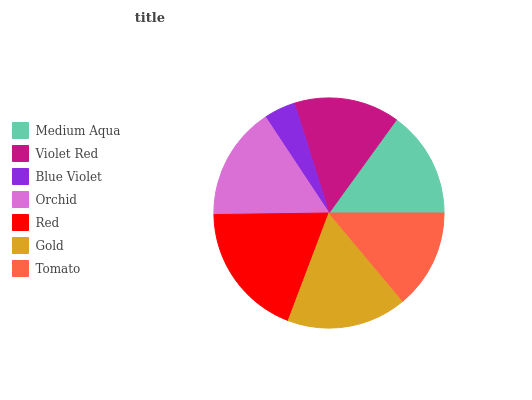
| Medium Aqua | Violet Red | Blue Violet | Orchid | Red | Gold | Tomato |
 | --- | --- | --- | --- | --- | --- | --- |
 | 15% | 14.8% | 4.44% | 15.9% | 19.1% | 16.9% | 13.9% |